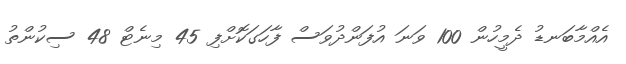
އެއްމާބަނޑު ދެމީހުން 100 ވަނަ އުފަންދުވަސް ފާހަގަކޮށްފި 45 މިނެޓް 48 ސިކުންތު